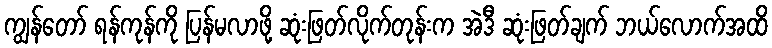
ကျွန်တော် ရန်ကုန်ကို ပြန်မလာဖို့ ဆုံးဖြတ်လိုက်တုန်းက အဲဒီ ဆုံးဖြတ်ချက် ဘယ်လောက်အထိ